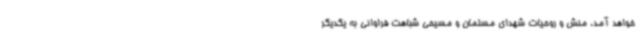
خواهد آمد. منش و روحیات شهدای مسلمان و مسیحی شباهت فراوانی به یکدیگر